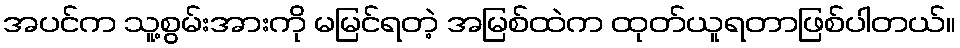
အပင်က သူ့စွမ်းအားကို မမြင်ရတဲ့ အမြစ်ထဲက ထုတ်ယူရတာဖြစ်ပါတယ်။